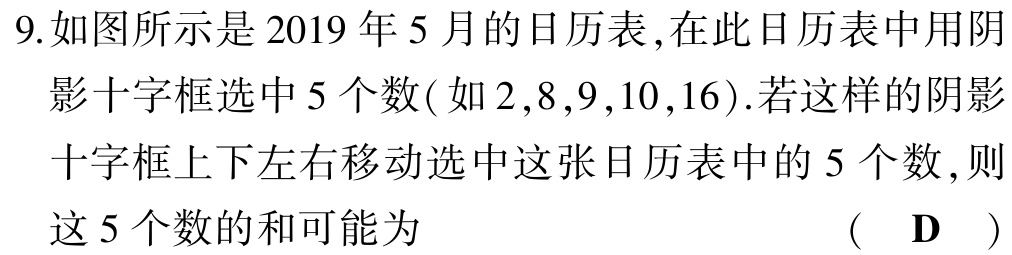
9.如图所示是2019年5月的日历表,在此日历表中用阴影十字框选中5个数(如2,8,9,10,16).若这样的阴影十字框上下左右移动选中这张日历表中的5个数,则这5个数的和可能为  （  D  ）